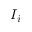
I _ { i }